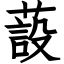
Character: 蔎